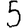
Digit: 5